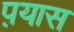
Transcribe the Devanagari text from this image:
प़यास